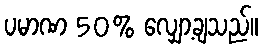
ပမာဏ 50% လျှော့ချသည်။